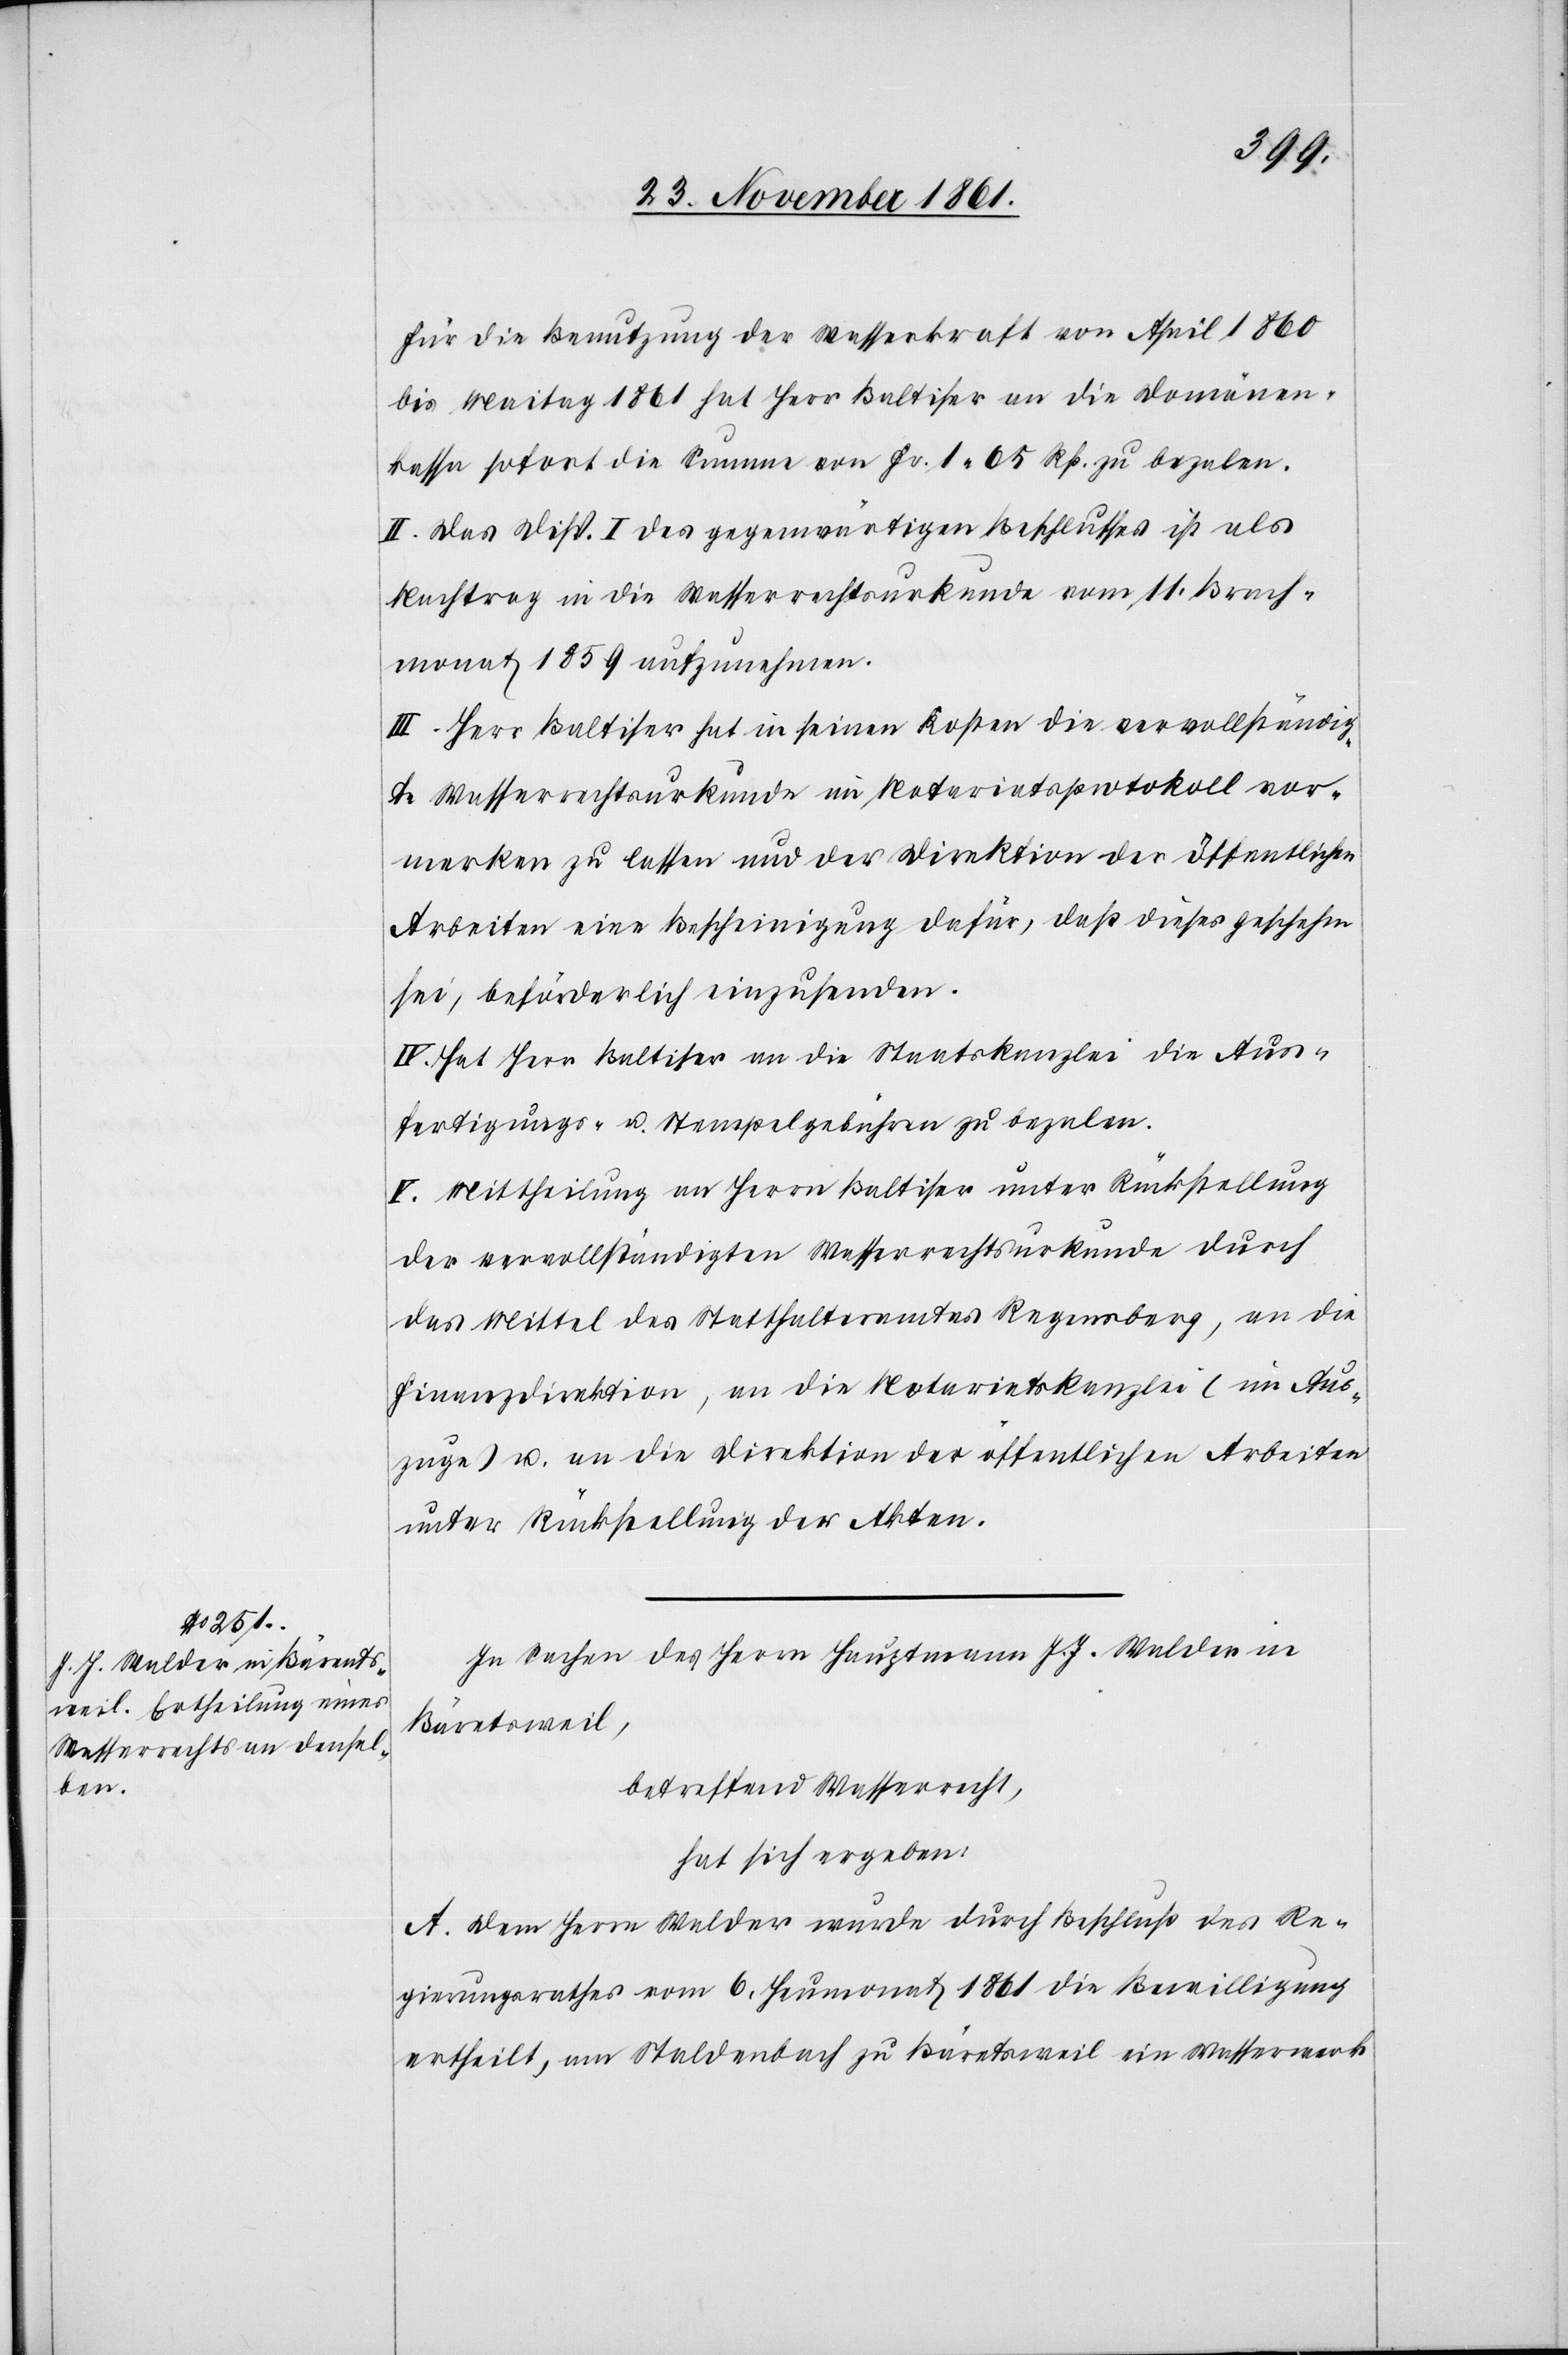
Für die Benutzung der Wasserkraft von April 1860
bis Maitag 1861 hat Herr Baltiser an die Domänen¬
kassa sofort die Summe von Fr. 1. 05 Rp. zu bezalen.
II. Das Disp. I des gegenwärtigen Beschlusses ist als
Nachtrag in die Wasserrechtsurkunde vom 11 Brach¬
monat 1859 aufzunehmen.
III. Herr Baltiser hat in seinen Kosten die vervollständig¬
te Wasserrechtsurkunde im Notariatsprotokoll vor¬
merken zu lassen und der Direktion der öffentlichen
Arbeiten eine Bescheinigung dafür, daß dieses geschehen
sei, beförderlich einzusenden.
IV. Hat Herr Baltiser an die Staatskanzlei die Aus¬
fertigungs- u. Stempelgebühren zu bezalen.
V. Mittheilung an Herrn Baltiser unter Rückstellung
der vervollständigten Wasserrechtsurkunde durch
das Mittel des Statthalteramtes Regensberg, an die
Finanzdirektion, an die Notariatskanzlei (im Aus¬
zuge) u. an die Direktion der öffentlichen Arbeiten
unter Rückstellung der Akten.
In Sachen des Herrn Hauptmann J. J. Walder in
Bäretsweil
betreffend Wasserrecht,
hat sich ergeben:
A. Dem Herrn Walder wurde durch Beschluß des Re¬
gierungsrathes vom 6 Heumonat 1861 die Bewilligung
ertheilt, am Staldenbach zu Bäretsweil ein Wasserwerk